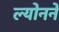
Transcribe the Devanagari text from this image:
ल्योनने